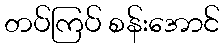
တပ်ကြပ် စန်းအောင်